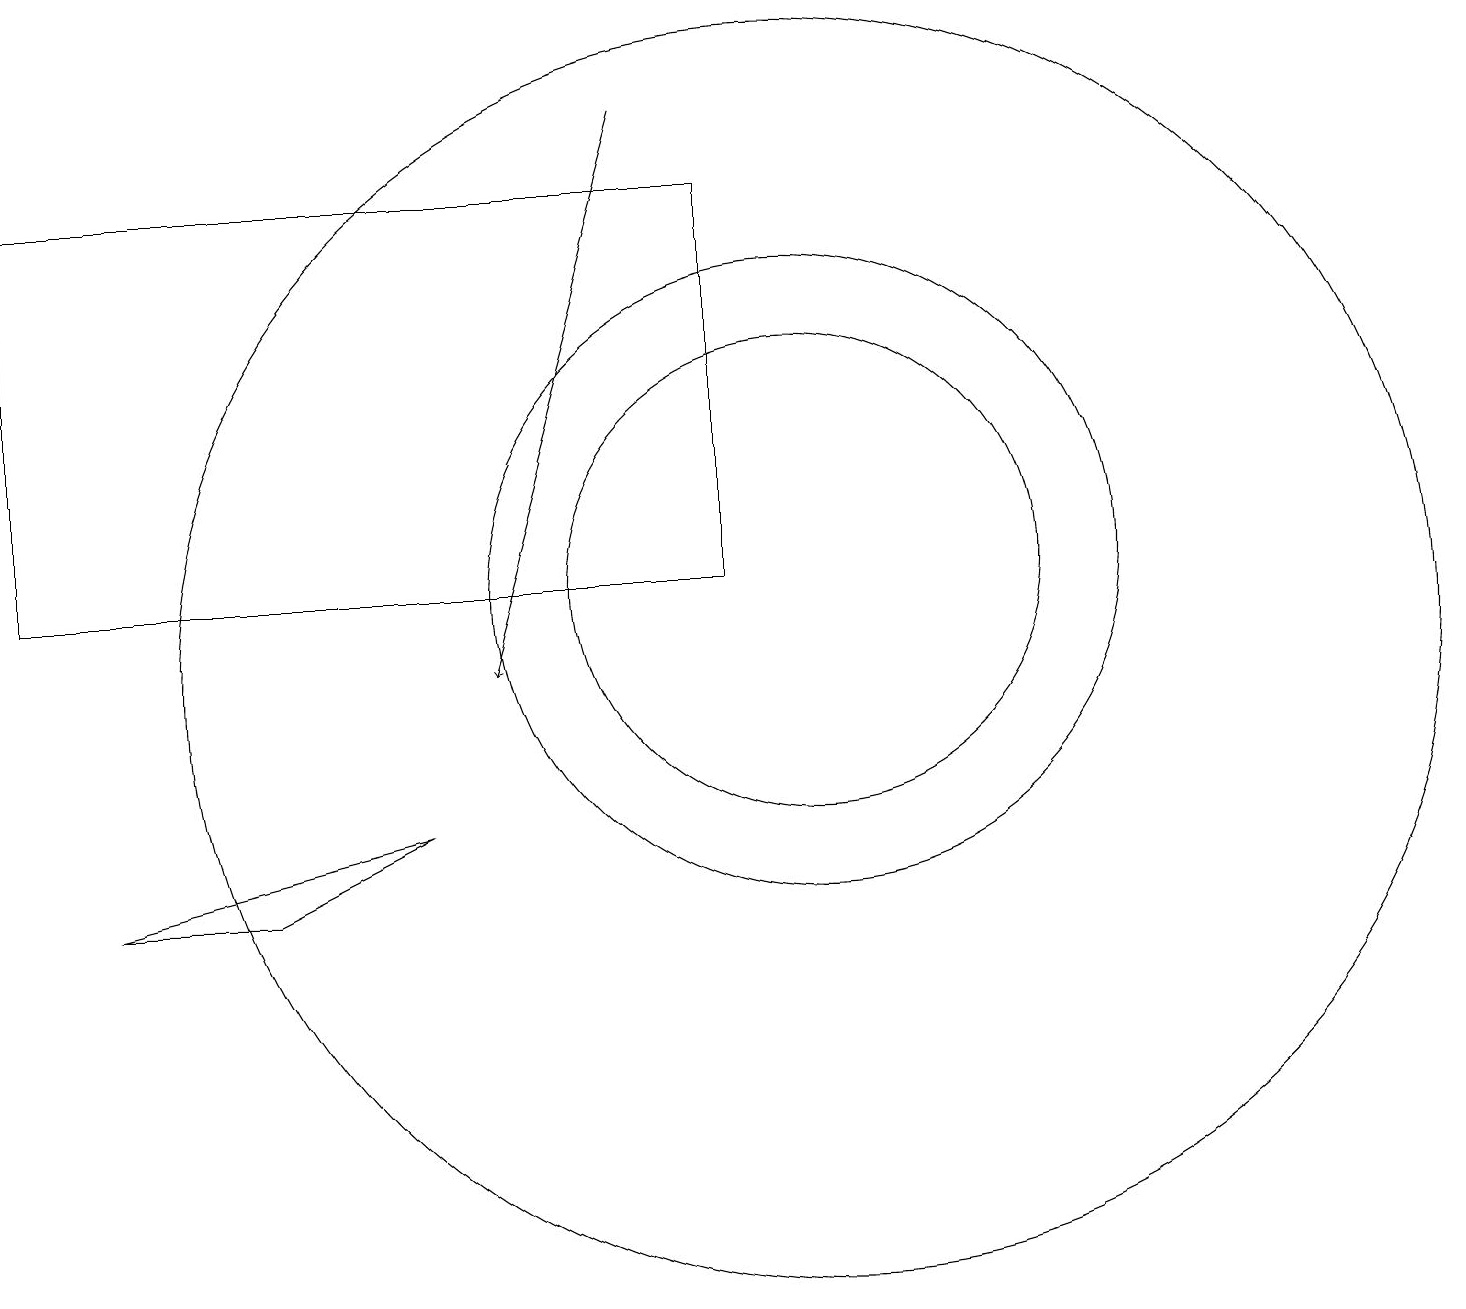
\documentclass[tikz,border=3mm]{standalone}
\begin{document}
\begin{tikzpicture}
\draw (0,16) rectangle (9,11);
\draw (10,11) circle (3);
\draw (10,11) circle (4);
\draw (10,10) circle (8);
\draw[->] (8,17) -- (6,10);
\draw (5,8) -- (1,7) -- (3,7) -- cycle;
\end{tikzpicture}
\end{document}